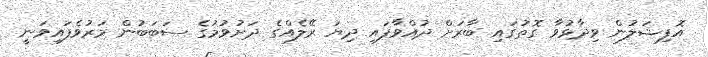
އޮފިޝަލުން ވިދާޅުވާ ގޮތުގައި ބާރަށް ދުއްވާފައި ދިޔަ ރޭލެއްގެ ދަށުވުމުގެ ސަބަބުން މަރުވެފައިވަނީ